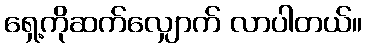
ရှေ့ကိုဆက်လျှောက် လာပါတယ်။